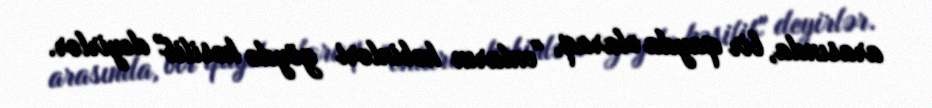
arasında, bir qayda olaraq, "onların kəbinləri göydə kəsilib" deyirlər.